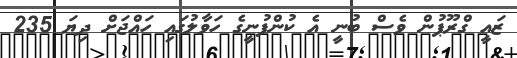
ޒައީ ގްރޫޕުން ވެސް ބުނީ އެ ކުންފުނީގެ ހަވާލުގައި ހައްޖަށް ދިޔަ 235